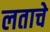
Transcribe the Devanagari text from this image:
लताचे